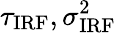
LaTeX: \tau_{\mathrm{IRF}},\sigma_{\mathrm{IRF}}^{2}